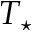
T _ { \star }